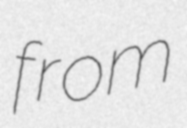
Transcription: from